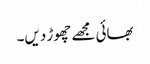
بھائی مجھے چھوڑ دیں۔